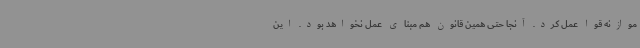
موازنه قوا عمل کرد. آنجا حتی همین قانون هم مبنای عمل نخواهد بود. این